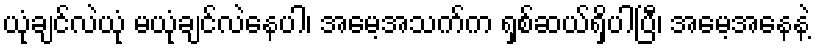
ယုံချင်လဲယုံ မယုံချင်လဲနေပါ၊ အမေ့အသက်က ရှစ်ဆယ်ရှိပါပြီ၊ အမေ့အနေနဲ့